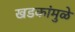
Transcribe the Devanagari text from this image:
खडकांमुळे